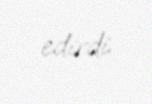
edirdi.